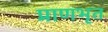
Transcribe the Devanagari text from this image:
प्राणभृत